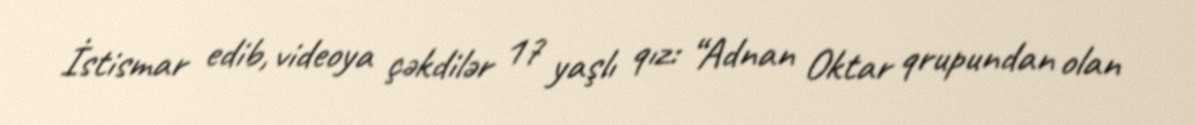
İstismar edib, videoya çəkdilər 17 yaşlı qız: “Adnan Oktar qrupundan olan